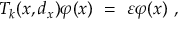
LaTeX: T _ { k } ( x , d _ { x } ) \varphi ( x ) \ = \ \varepsilon \varphi ( x ) \ ,